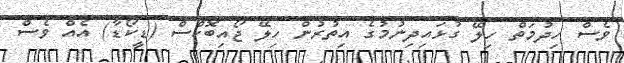
ވެސް ހިދުމަތް ހިލޭ ގުޅައިދިނުމުގެ އިތުރުން ހިލޭ ޖޯއިބޮކްސް (ޑީކޯޑާ) އެއް ވެސް